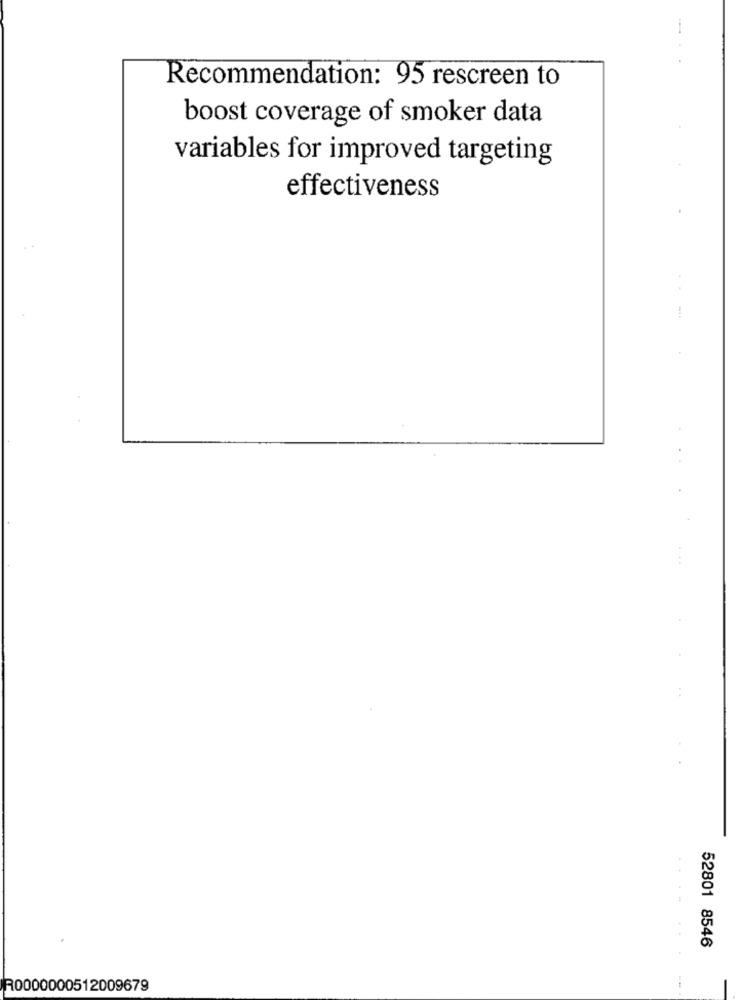
Recommendation: 95 rescreen to
boost coverage of smoker data
variables for improved targeting
effectiveness
52801 8546
R0000000512009679